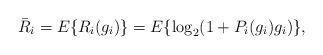
LaTeX: \begin{align*} \bar{R}_i = E\{R_i(g_i)\}=E\{ \log_2(1+P_i(g_i)g_i) \}, \end{align*}